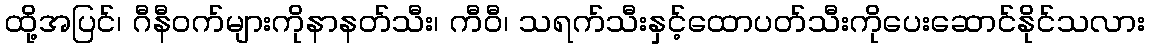
ထို့အပြင်၊ ဂီနီဝက်များကိုနာနတ်သီး၊ ကီဝီ၊ သရက်သီးနှင့်ထောပတ်သီးကိုပေးဆောင်နိုင်သလား